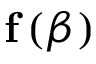
\mathbf { f } \left( { \boldsymbol { \beta } } \right)